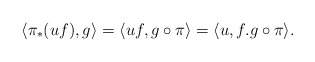
\begin{align*}\langle \pi_*(uf), g\rangle=\langle uf, g\circ \pi \rangle= \langle u , f.g\circ \pi \rangle.\end{align*}